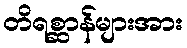
တိရစ္ဆာန်များအား